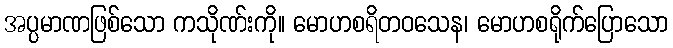
အပ္ပမာဏဖြစ်သော ကသိုဏ်းကို။ မောဟစရိတဝသေန၊ မောဟစရိုက်ပြောသော